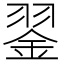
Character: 𦑕